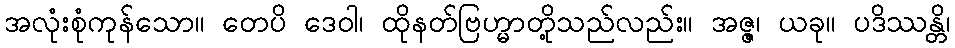
အလုံးစုံကုန်သော။ တေပိ ဒေဝါ၊ ထိုနတ်ဗြဟ္မာတို့သည်လည်း။ အဇ္ဇ၊ ယခု။ ပဒိဿန္တိ၊